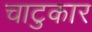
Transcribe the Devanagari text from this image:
चाटुकार